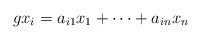
\begin{align*}gx_i=a_{i1}x_1+\cdots +a_{in}x_n\end{align*}